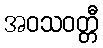
အဝသဝတ္တီ